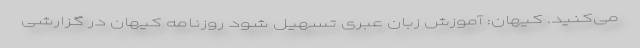
می‌کنید. کیهان: آموزش زبان عبری تسهیل شود روزنامه کیهان در گزارشی